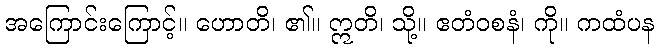
အကြောင်းကြောင့်။ ဟောတိ၊ ၏။ ဣတိ၊ သို့။ ဧတံဝစနံ၊ ကို။ ကထံပန